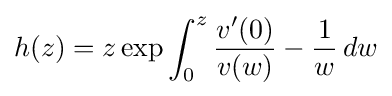
h(z)=z\exp \int _{0}^{z}{v^{\prime }(0) \over v(w)}-{1 \over w}\,dw